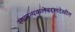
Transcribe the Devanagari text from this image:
स्थापत्यकलेबद्दलदेखील